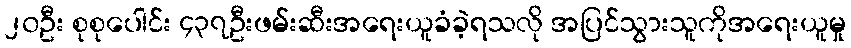
၂၀ဦး စုစုပေါင်း ၄၃၇ဦးဖမ်းဆီးအရေးယူခံခဲ့ရသလို အပြင်သွားသူကိုအရေးယူမှု